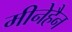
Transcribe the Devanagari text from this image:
मीनेहैन